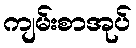
ကျမ်းစာအုပ်